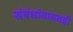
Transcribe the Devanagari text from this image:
संबंधांबाबतही